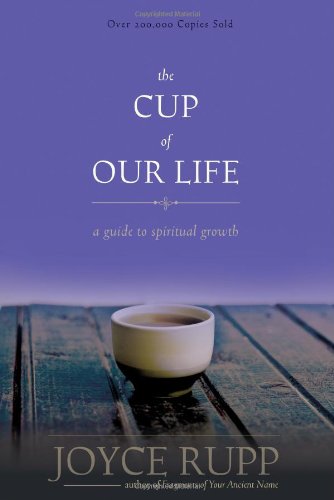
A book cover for The Cup of Our Life: A Guide to Spiritual Growth; Joyce Rupp; Christian Books & Bibles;